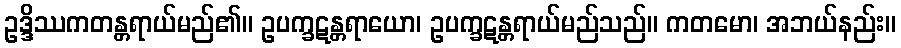
ဥဒ္ဒိဿကတန္တရာယ်မည်၏။ ဥပက္ခဋန္တရာယော၊ ဥပက္ခဋန္တရာယ်မည်သည်။ ကတမော၊ အဘယ်နည်း။